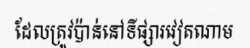
ដែលត្រូវប៉ាន់នៅទីផ្សារវៀតណាម